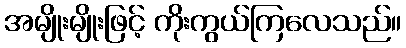
အမျိုးမျိုးဖြင့် ကိုးကွယ်ကြလေသည်။